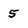
Character: 5